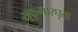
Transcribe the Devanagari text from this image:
सुकुमारघृता